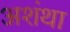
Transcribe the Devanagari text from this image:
अशंथा